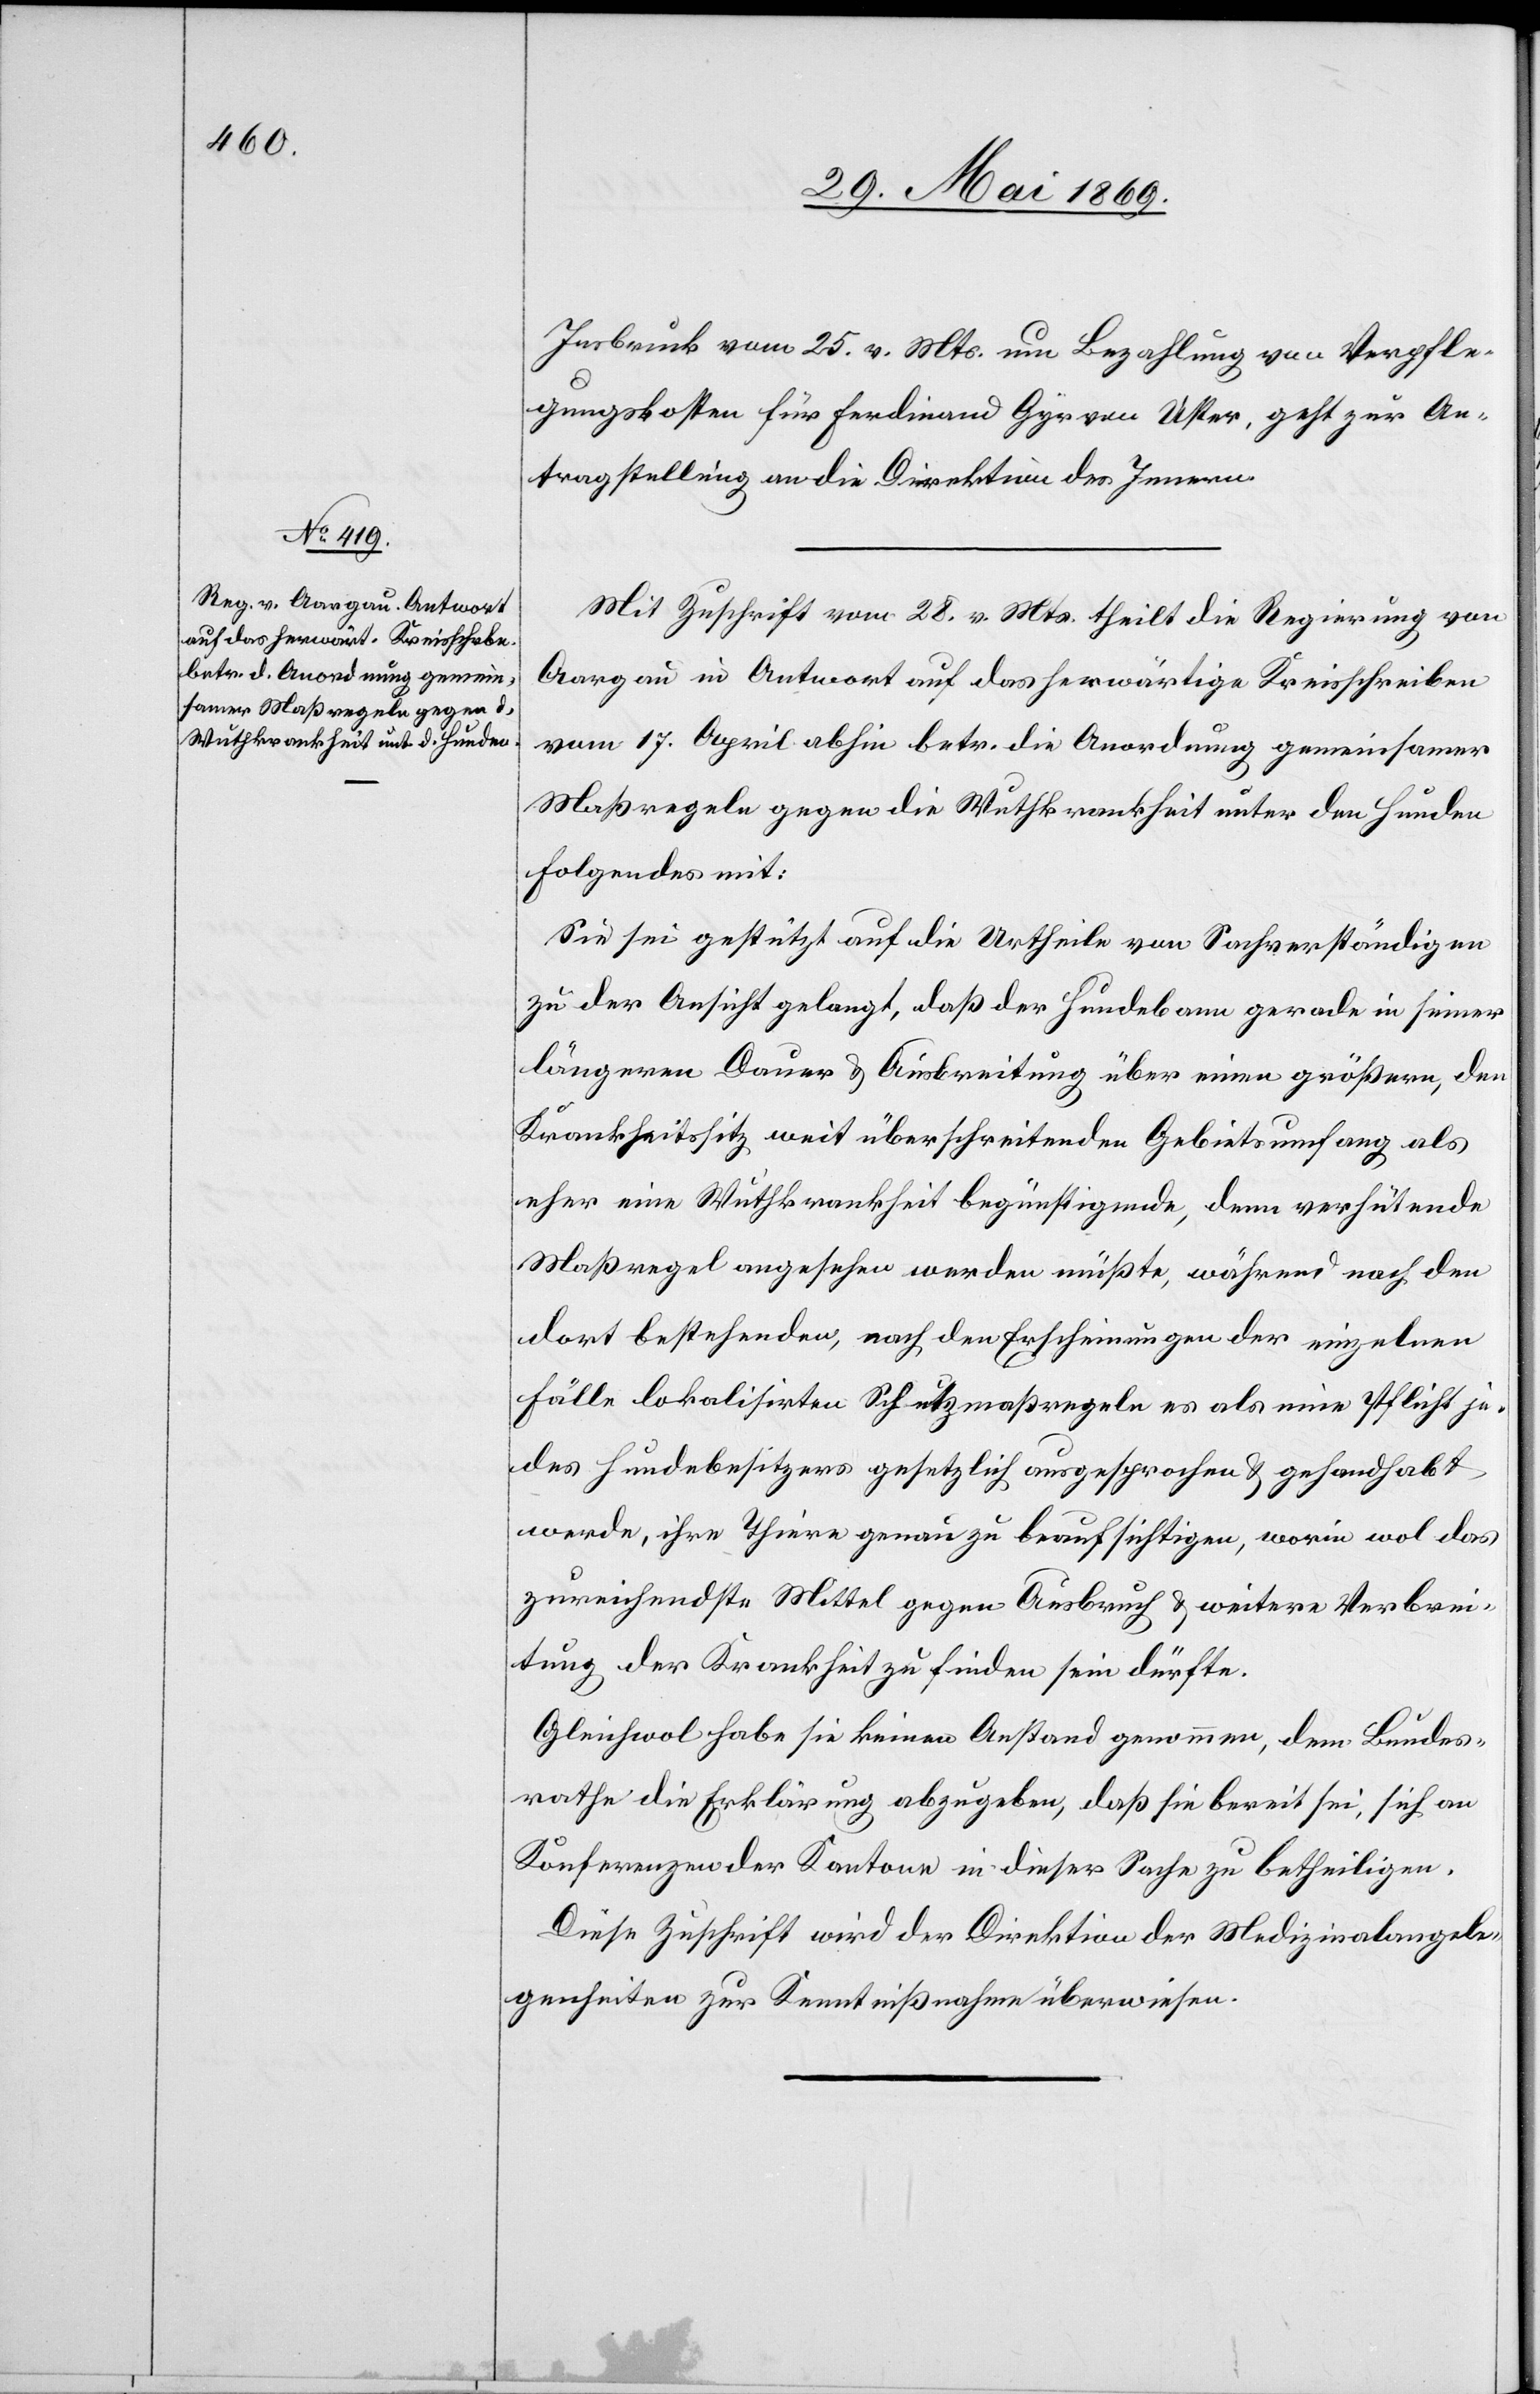
Insbruck vom 25. v. Mts. um Bezahlung von Verpfle¬
gungskosten für Ferdinand Gyr von Uster, geht zur An¬
tragstellung an die Direktion des Innern.
Mit Zuschrift vom 28. v. Mts. theilt die Regierung von
Aargau in Antwort auf das herwärtige Kreisschreiben
vom 17. April abhin betr. die Anordnung gemeinsamer
Maßregeln gegen die Wuthkrankheit unter den Hunden
Folgendes mit:
Sei sie gestützt auf die Urtheile von Sachverständigen
zu der Ansicht gelangt, daß der Hundebann gerade in seiner
längeren Dauer u. Ausbreitung über einen größern, den
Krankheitssitz weit überschreitenden Gebietsumfang als
eher eine Wuthskrankheit begünstigende, denn verhütende
Maßregel angesehen werden müßte, während nach den
dort bestehenden, nach den Erscheinungen der einzelnen
Fälle lokalisirten Schutzmaßregeln es als eine Pflicht je¬
des Hundebesitzers gesetzlich ausgesprochen u. gehandhabt
werde, ihre Thiere genau zu beaufsichtigen, worin wol das
zureichendste Mittel gegen Ausbruch u. weitere Verbrei¬
tung der Krankheit zu finden sein dürfte.
Gleichwol habe sie keinen Anstand genommen, dem Bundes¬
rathe die Erklärung abzugeben, daß sie bereit sei, sich an
Konferenzen der Kantone in dieser Sache zu betheiligen.
Diese Zuschrift wird der Direktion der Medizinalangele¬
genheiten zur Kenntnißnahme überwiesen.